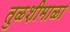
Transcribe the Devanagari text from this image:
तुळशीमाळा